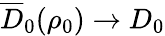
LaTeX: \overline{{D}}_{0}(\rho_{0})\to D_{0}